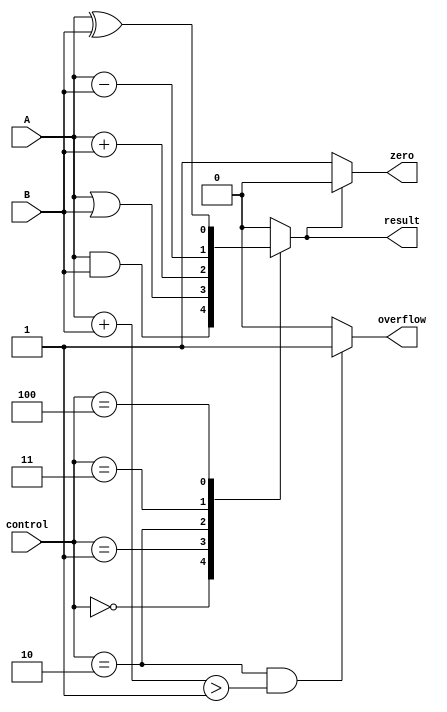
module ALU (
    input wire A,
    input wire B,
    input wire [2:0] control,
    output reg result,
    output reg overflow,
    output reg zero
);

always @ (A, B, control)
begin
    case (control)
        3'b000: result = A & B; // AND operation
        3'b001: result = A | B; // OR operation
        3'b010: result = A + B; // Addition operation
        3'b011: result = A - B; // Subtraction operation
        3'b100: result = A ^ B; // XOR operation
        default: result = 1'b0;
    endcase
end

always @ (result)
begin
    if (result == 0)
        zero = 1;
    else
        zero = 0;
end

always @ (A, B, control)
begin
    overflow = 0;
    if (control == 3'b010 && (A + B) > 1)
        overflow = 1;
end

endmodule